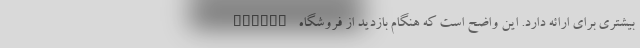
بیشتری برای ارائه دارد. این واضح است که هنگام بازدید از فروشگاه Google